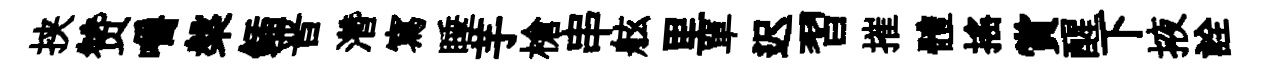
挟赞嚼槃鍤晋濳寫睡芋槍串舷里單迟習摧體摇賞醒下掖詮